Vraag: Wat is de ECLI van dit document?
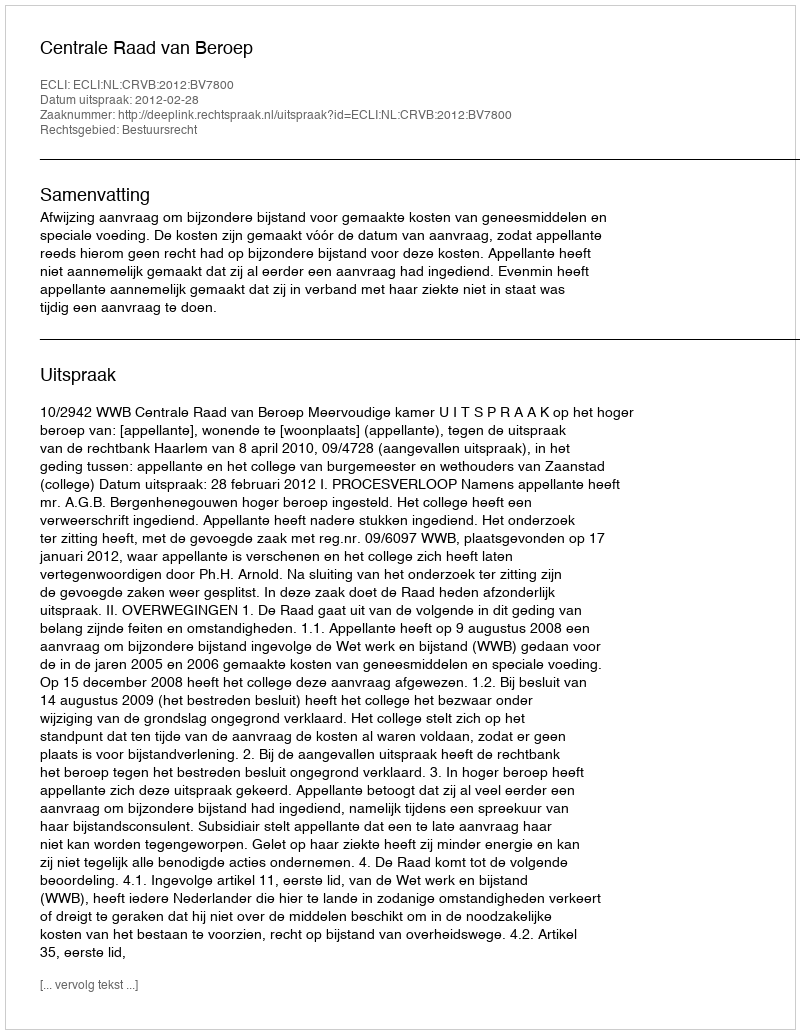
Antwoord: ECLI:NL:CRVB:2012:BV7800